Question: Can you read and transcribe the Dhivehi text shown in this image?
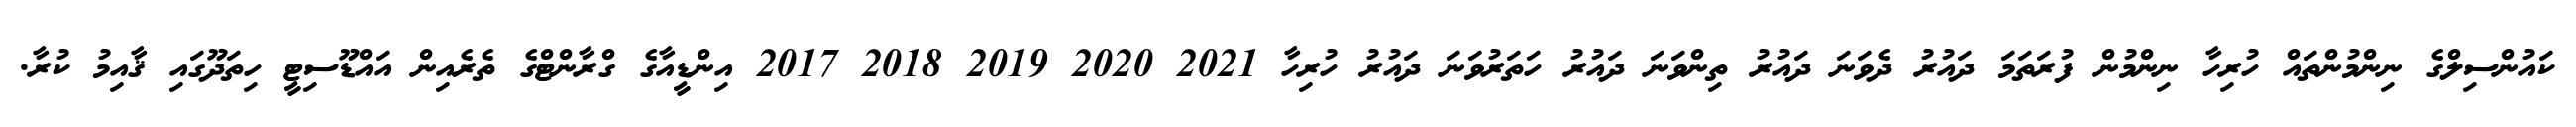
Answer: ކައުންސިލްގެ ނިންމުންތައް ހުރިހާ ނިންމުން ފުރަތަމަ ދައުރު ދެވަނަ ދައުރު ތިންވަނަ ދައުރު ހަތަރުވަނަ ދައުރު ހުރިހާ 2021 2020 2019 2018 2017 އިންޑީއާގެ ގްރާންޓްގެ ތެރެއިން އައްޑޫސިޓީ ހިތަދޫގައި ޤާއިމު ކުރާ.